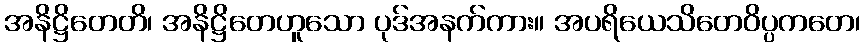
အနိဋ္ဌိတေတိ၊ အနိဋ္ဌိတေဟူသော ပုဒ်အနက်ကား။ အပရိယေသိတေဝိပ္ပကတေ၊